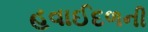
હવાઈદળની